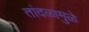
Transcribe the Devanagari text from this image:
तांदळामुळे